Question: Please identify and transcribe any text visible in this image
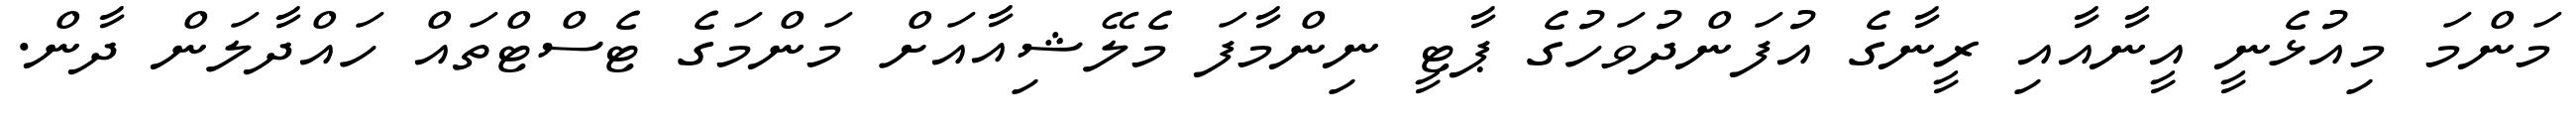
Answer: މަންމަ މިއުޅެނީ އީނާއާއި ރީނާގެ އުފަންދުވަހުގެ ޕާޓީ ނިންމާފަ މެލޭޝިއާއަށް މަންމަގެ ޓެސްޓްތައް ހައްދާލަން ދާން.